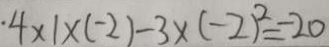
\cdot 4 \times 1 \times ( - 2 ) - 3 \times ( - 2 ) ^ { 2 } = - 2 0